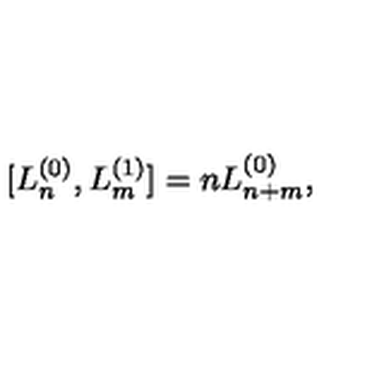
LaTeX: [ L _ { n } ^ { ( 0 ) } , L _ { m } ^ { ( 1 ) } ] = n L _ { n + m } ^ { ( 0 ) } ,